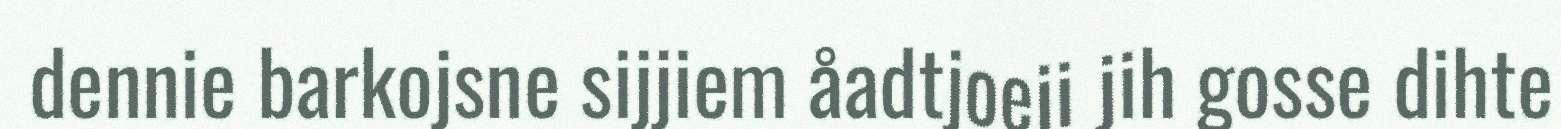
dennie barkojsne sijjiem åadtjoeji jih gosse dihte